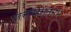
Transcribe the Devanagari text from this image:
प्रस्तरस्तम्भ